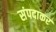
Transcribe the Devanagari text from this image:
संपदाकर